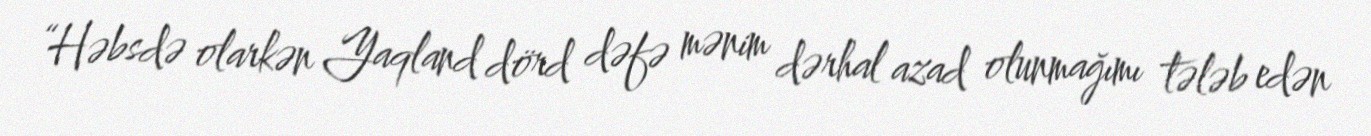
“Həbsdə olarkən Yaqland dörd dəfə mənim dərhal azad olunmağımı tələb edən